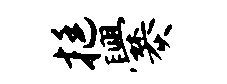
挺爨